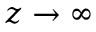
z \rightarrow \infty